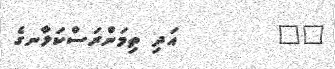
٢٧        އަދި ތިމަންރަސްކަލާނގެ